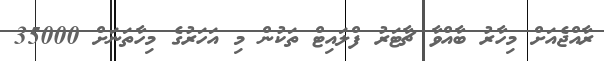
ރާއްޖެއަށް މިހާރު ބާއްވާ ޗާޓަރު ފްލައިޓް ތަކުން މި އަހަރުގެ މިހާތަނަށް 35000